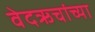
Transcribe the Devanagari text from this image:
वेदऋचांच्या